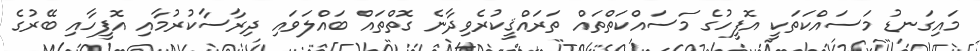
މައިގަނޑު މަސައްކަތަކީ އޮފީހުގެ މަސައްކަތްތައް ތަރައްޤީކުރެވިދާނެ ގޮތްތައް ބައްލަވައި ދިރާސާކުރުމާއި އޮފީހާއި ބޭރުގެ